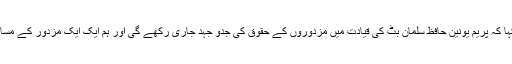
راجا عبد المناف نے کہا کہ پریم یونین حافظ سلمان بٹ کی قیادت میں مزدوروں کے حقوق کی جدو جہد جاری رکھے گی اور ہم ایک ایک مزدور کے مسائل کو حل کریں گے ۔